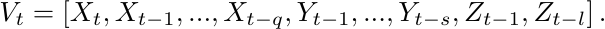
\begin{equation*}
    V_t=\left[X_t,X_{t-1},...,X_{t-q},Y_{t-1},...,Y_{t-s},Z_{t-1},Z_{t-l}\right].
\end{equation*}